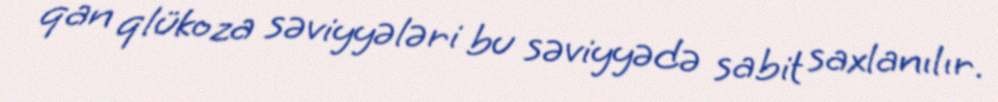
qan qlükoza səviyyələri bu səviyyədə sabit saxlanılır.